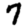
Digit: 7